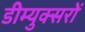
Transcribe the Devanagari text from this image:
डीम्युक्सरों